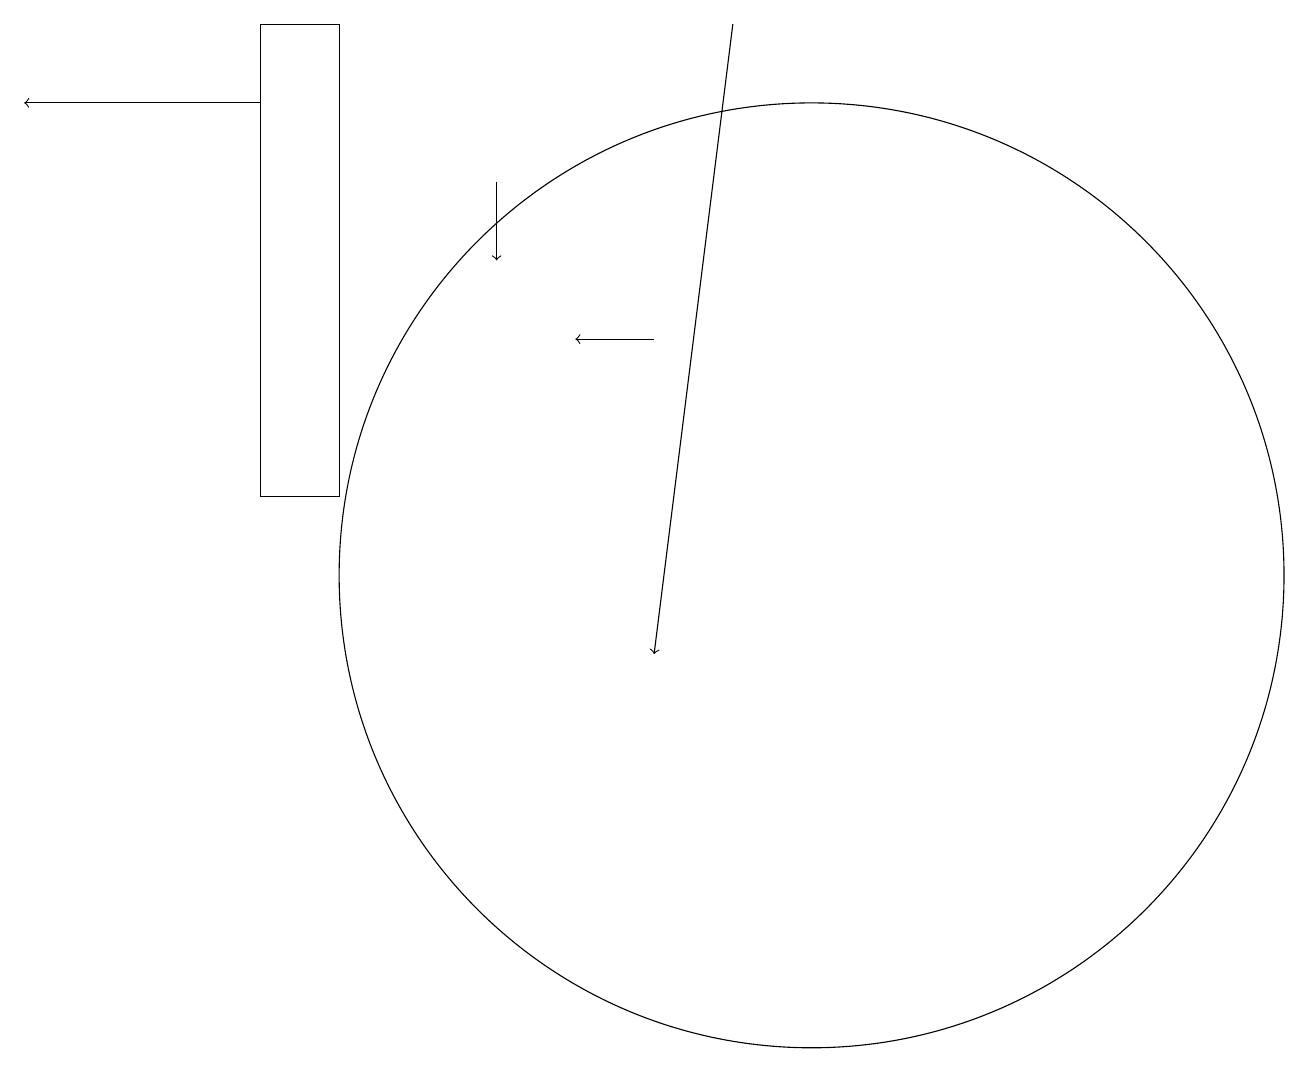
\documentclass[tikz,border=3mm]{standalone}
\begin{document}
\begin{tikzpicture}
\draw (4,13) rectangle (3,19);
\draw (10,12) circle (6);
\draw[->] (8,15) -- (7,15);
\draw[->] (6,17) -- (6,16);
\draw[->] (9,19) -- (8,11);
\draw[->] (3,18) -- (0,18);
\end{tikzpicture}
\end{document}